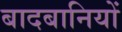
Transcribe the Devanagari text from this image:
बादबानियों